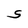
Character: S